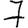
Digit: 7